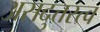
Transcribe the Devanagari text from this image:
असदुत्तरत्व